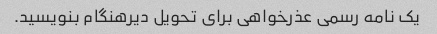
یک نامه رسمی عذرخواهی برای تحویل دیرهنگام بنویسید.